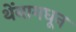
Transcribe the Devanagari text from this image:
थेंबामधून